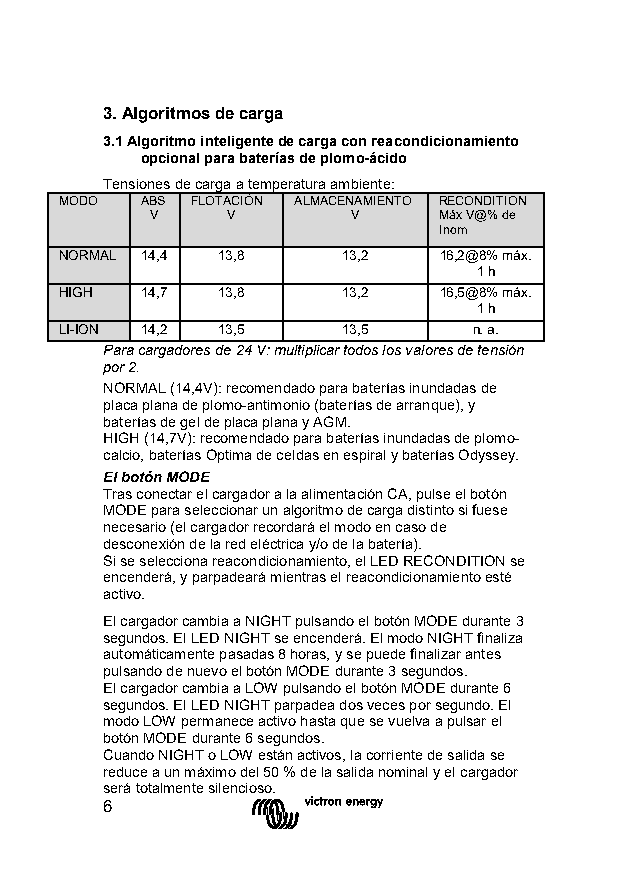
3. Algoritmos de carga
 3.1 Algoritmo inteligente de carga con reacondicionamiento
 opcional para baterías de plomo-ácido
 Tensiones de carga a temperatura ambiente:
 MODO ABS FLOTACIÓN ALMACENAMIENTO RECONDITION
 V    V       V     Máx V@% de
 Inom
 NORMAL 14,4 13,8   13,2  16,2@8% máx.
 1 h
 HIGH 14,7 13,8     13,2  16,5@8% máx.
 1 h
 LI-ION 14,2 13,5   13,5    n. a.
 Para cargadores de 24 V: multiplicar todos los valores de tensión
 por 2.
 NORMAL (14,4V): recomendado para baterías inundadas de
 placa plana de plomo-antimonio (baterías de arranque), y
 baterías de gel de placa plana y AGM.
 HIGH (14,7V): recomendado para baterías inundadas de plomo-
 calcio, baterías Optima de celdas en espiral y baterías Odyssey.
 El botón MODE
 Tras conectar el cargador a la alimentación CA, pulse el botón
 MODE para seleccionar un algoritmo de carga distinto si fuese
 necesario (el cargador recordará el modo en caso de
 desconexión de la red eléctrica y/o de la batería).
 Si se selecciona reacondicionamiento, el LED RECONDITION se
 encenderá, y parpadeará mientras el reacondicionamiento esté
 activo.
 El cargador cambia a NIGHT pulsando el botón MODE durante 3
 segundos. El LED NIGHT se encenderá. El modo NIGHT finaliza
 automáticamente pasadas 8 horas, y se puede finalizar antes
 pulsando de nuevo el botón MODE durante 3 segundos.
 El cargador cambia a LOW pulsando el botón MODE durante 6
 segundos. El LED NIGHT parpadea dos veces por segundo. El
 modo LOW permanece activo hasta que se vuelva a pulsar el
 botón MODE durante 6 segundos.
 Cuando NIGHT o LOW están activos, la corriente de salida se
 reduce a un máximo del 50 % de la salida nominal y el cargador
 será totalmente silencioso.
 6